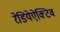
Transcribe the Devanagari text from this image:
रेडियेऐक्टिव